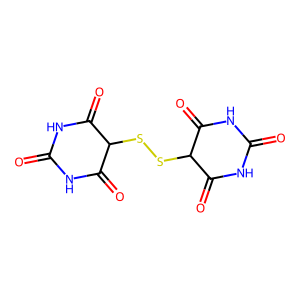
SMILES: O=C1NC(=O)C(SSC2C(=O)NC(=O)NC2=O)C(=O)N1
Inhibits HIV replication: No